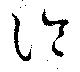
診